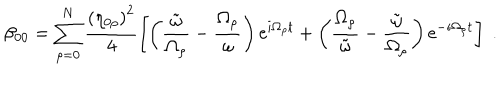
\beta _ { 0 0 } = \sum _ { \rho = 0 } ^ { N } \frac { \left( \eta _ { 0 \rho } \right) ^ { 2 } } { 4 } \left[ \left( \frac { \tilde { \omega } } { \Omega _ { \rho } } - \frac { \Omega _ { \rho } } { \omega } \right) \mathrm { e } ^ { i \Omega _ { \rho } t } + \left( \frac { \Omega _ { \rho } } { \tilde { \omega } } - \frac { \tilde { \omega } } { \Omega _ { \rho } } \right) \mathrm { e } ^ { - i \Omega _ { \rho } t } \right] \; .